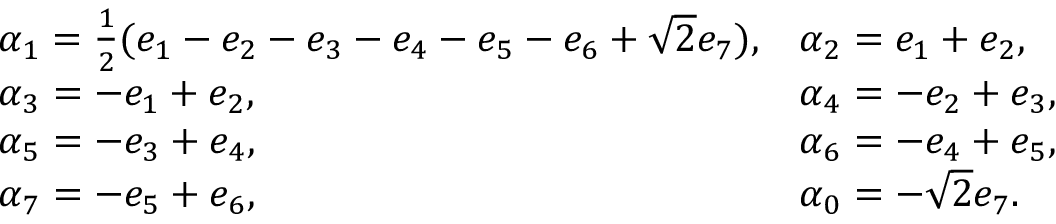
\begin{array} { l l } { { \alpha _ { 1 } = { \frac { 1 } { 2 } } ( e _ { 1 } - e _ { 2 } - e _ { 3 } - e _ { 4 } - e _ { 5 } - e _ { 6 } + \sqrt 2 e _ { 7 } ) , } } & { { \alpha _ { 2 } = e _ { 1 } + e _ { 2 } , } } \\ { { \alpha _ { 3 } = - e _ { 1 } + e _ { 2 } , } } & { { \alpha _ { 4 } = - e _ { 2 } + e _ { 3 } , } } \\ { { \alpha _ { 5 } = - e _ { 3 } + e _ { 4 } , } } & { { \alpha _ { 6 } = - e _ { 4 } + e _ { 5 } , } } \\ { { \alpha _ { 7 } = - e _ { 5 } + e _ { 6 } , } } & { { \alpha _ { 0 } = - \sqrt { 2 } e _ { 7 } . } } \end{array}